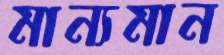
মান্যমান